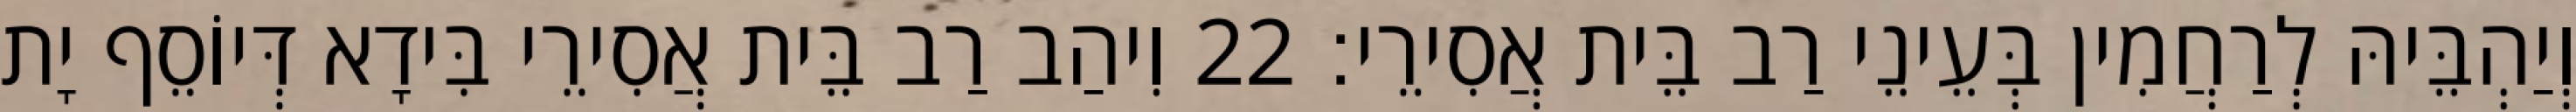
וְיַהְבֵּיהּ לְרַחֲמִין בְּעֵינֵי רַב בֵּית אֲסִירֵי׃ 22 וִיהַב רַב בֵּית אֲסִירֵי בִּידָא דְּיוֹסֵף יָת